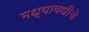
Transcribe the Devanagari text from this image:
मध्यावधीचे